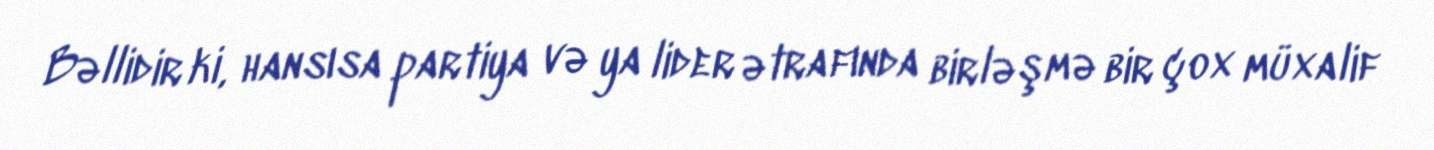
Bəllidir ki, hansısa partiya və ya lider ətrafında birləşmə bir çox müxalif